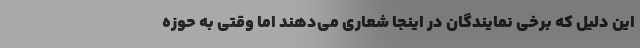
این دلیل که برخی نمایندگان در اینجا شعاری می‌دهند اما وقتی به حوزه